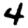
Digit: 4